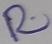
Text: R